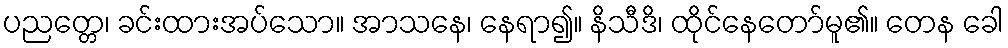
ပညတ္တေ၊ ခင်းထားအပ်သော။ အာသနေ၊ နေရာ၍။ နိသီဒိ၊ ထိုင်နေတော်မူ၏။ တေန ခေါ